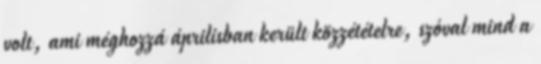
volt, ami méghozzá áprilisban került közzétételre, szóval mind a